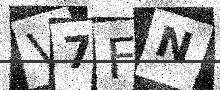
Text: V7FN